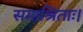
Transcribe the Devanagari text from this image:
समाश्रिताः।